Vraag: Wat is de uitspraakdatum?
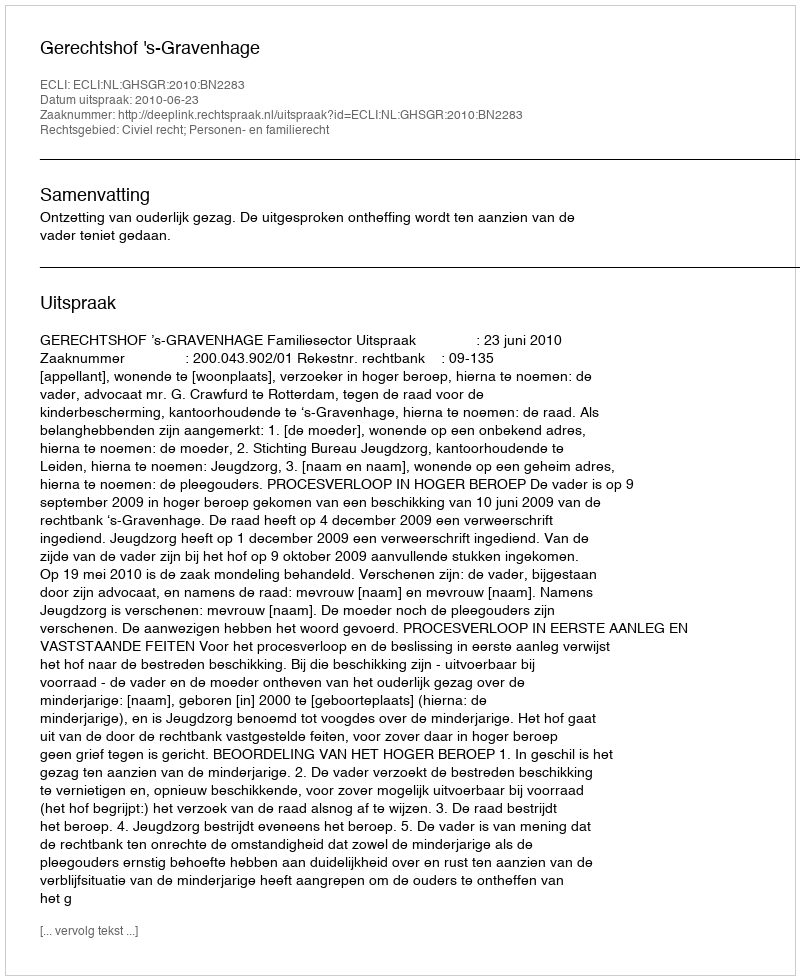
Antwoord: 2010-06-23